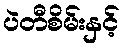
ပဲတီစိမ်းနှင့်